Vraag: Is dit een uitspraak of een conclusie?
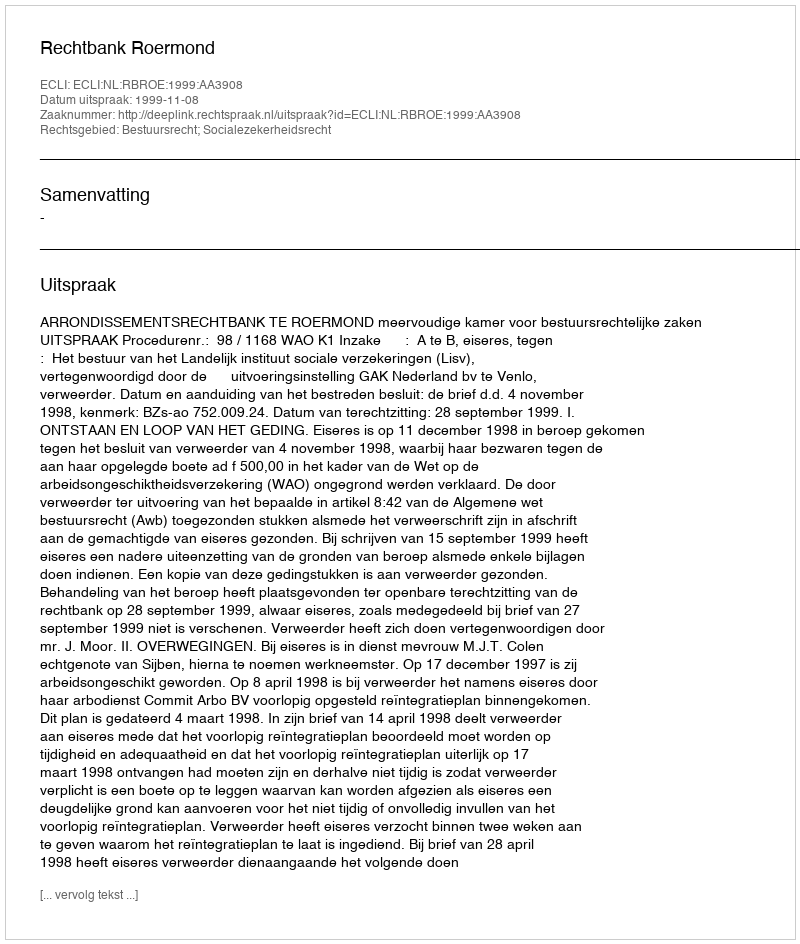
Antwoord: Uitspraak